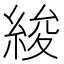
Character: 𦀷